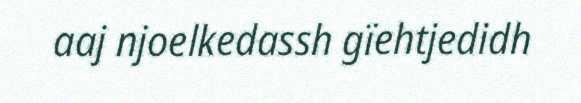
aaj njoelkedassh gïehtjedidh